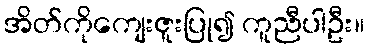
အိတ်ကိုကျေးဇူးပြု၍ ကူညီပါဦး။